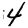
Digit: 4